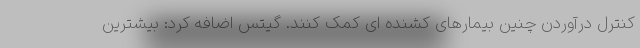
کنترل درآوردن چنین بیمارهای کشنده ای کمک کنند. گیتس اضافه کرد: بیشترین